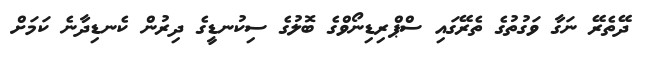
ދޭތެރޭ ނަގާ ވަގުތުގެ ތެރޭގައި ސްޕްރިޑިނޯވްގެ ބޮލުގެ ސިކުނޑީގެ ދިރުން ކެނޑިދާނެ ކަމަށް